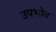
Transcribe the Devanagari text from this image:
उपभोत